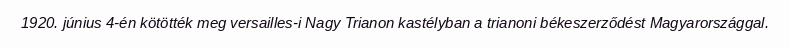
1920. június 4-én kötötték meg versailles-i Nagy Trianon kastélyban a trianoni békeszerződést Magyarországgal.